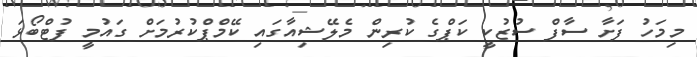
މިމަހު ފަށާ ސާފް ސުޒުކީ ކަޕްގެ ކުރިން މެލޭޝިއާގައި ކޭމްޕްކުރުމަށް ގައުމީ ފުޓްބޯޅަ